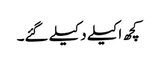
کچھ اکیلے دکیلے گئے۔